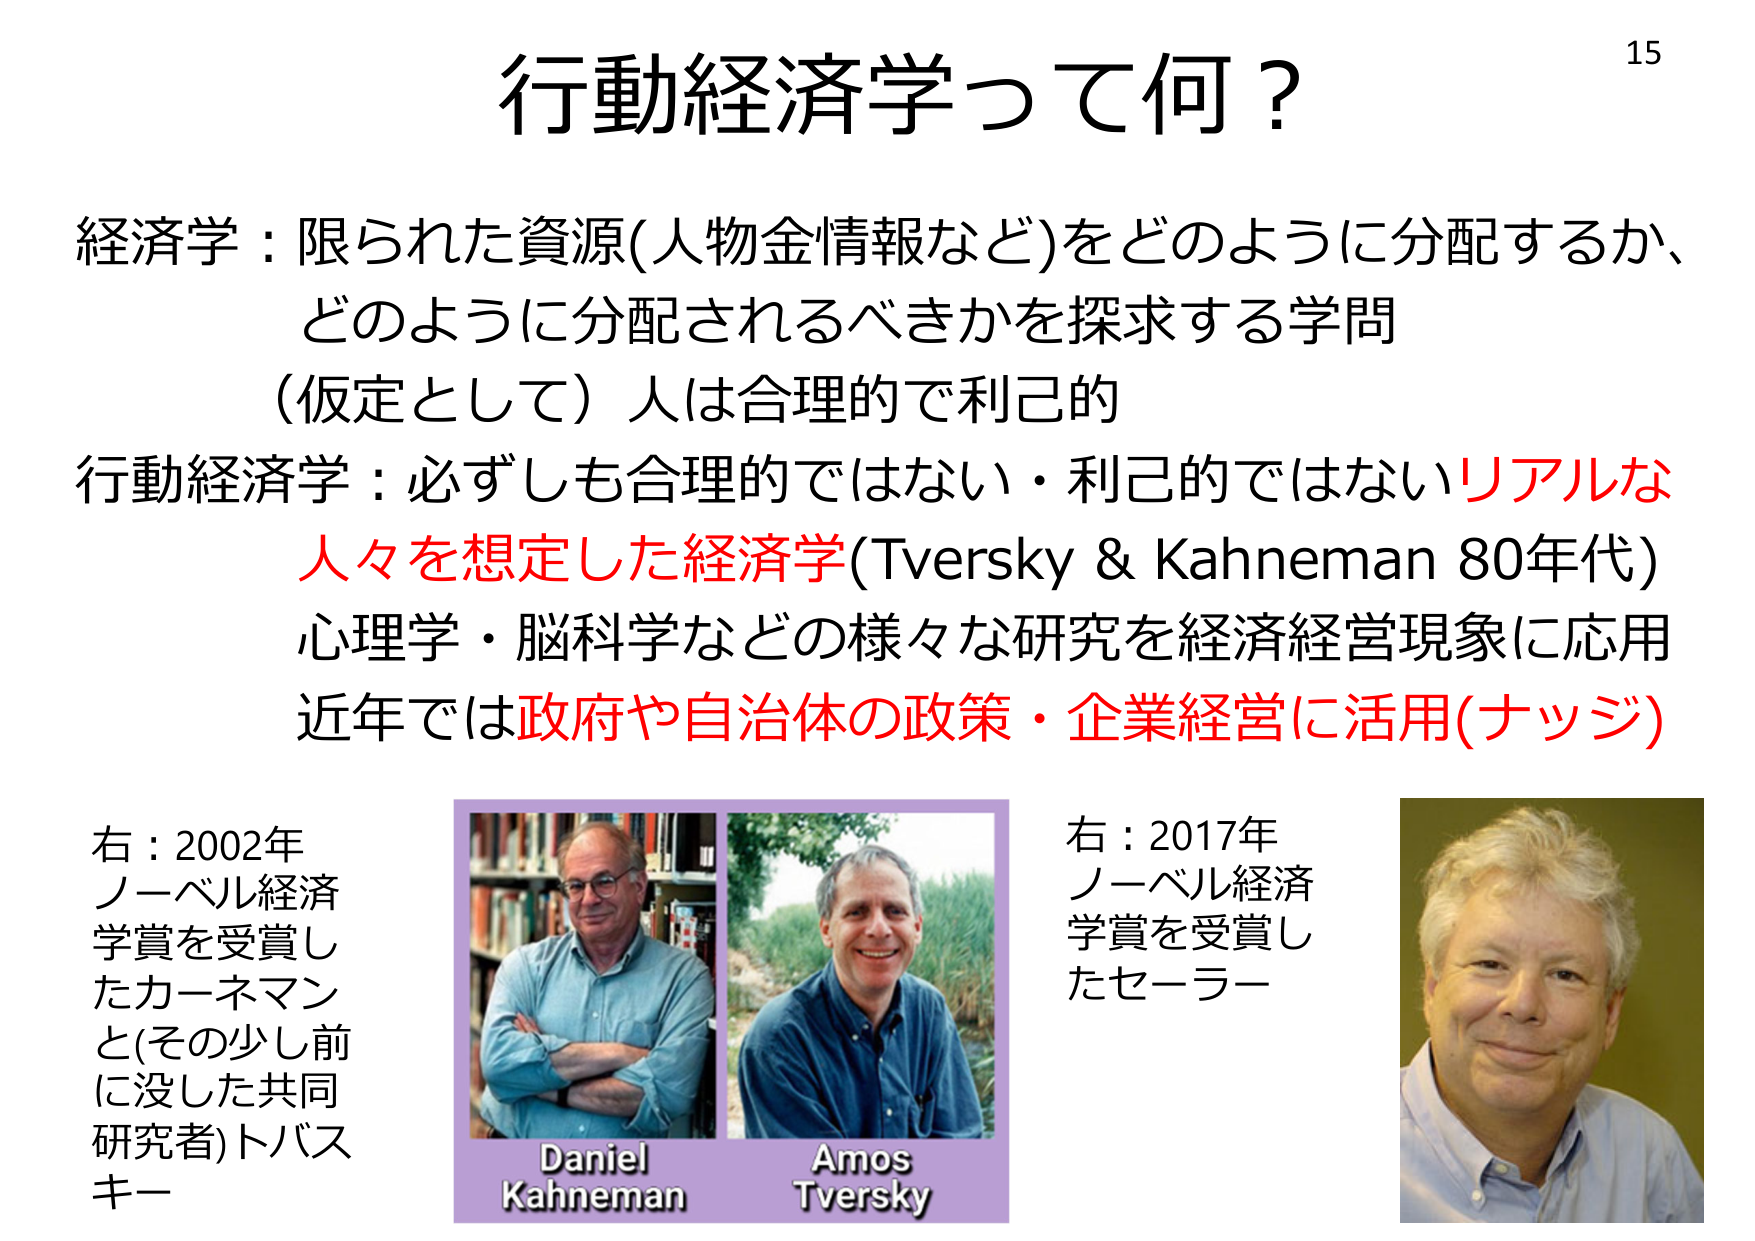
行動経済学って何？

経済学：限られた資源(人物金情報など)をどのように分配するか、
どのように分配されるべきかを探求する学問
（仮定として）人は合理的で利己的

行動経済学：必ずしも合理的ではない・利己的ではないリアルな
人々を想定した経済学(Tversky & Kahneman 80年代)
心理学・脳科学などの様々な研究を経済経営現象に応用
近年では政府や自治体の政策・企業経営に活用(ナッジ)

右：2002年
ノーベル経済
学賞を受賞し
たカーネマン
と(その少し前
に没した共同
研究者)トバス
キー

Daniel
Kahneman
Amos
Tversky

右：2017年
ノーベル経済
学賞を受賞し
たセーラー

15